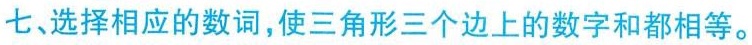
七、选择相应的数词，使三角形三个边上的数字和都相等。